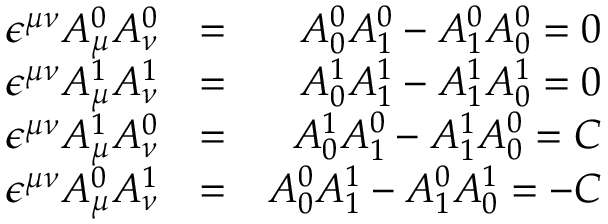
\begin{array} { r l r } { \epsilon ^ { \mu \nu } A _ { \mu } ^ { 0 } A _ { \nu } ^ { 0 } } & { = } & { A _ { 0 } ^ { 0 } A _ { 1 } ^ { 0 } - A _ { 1 } ^ { 0 } A _ { 0 } ^ { 0 } = 0 } \\ { \epsilon ^ { \mu \nu } A _ { \mu } ^ { 1 } A _ { \nu } ^ { 1 } } & { = } & { A _ { 0 } ^ { 1 } A _ { 1 } ^ { 1 } - A _ { 1 } ^ { 1 } A _ { 0 } ^ { 1 } = 0 } \\ { \epsilon ^ { \mu \nu } A _ { \mu } ^ { 1 } A _ { \nu } ^ { 0 } } & { = } & { A _ { 0 } ^ { 1 } A _ { 1 } ^ { 0 } - A _ { 1 } ^ { 1 } A _ { 0 } ^ { 0 } = C } \\ { \epsilon ^ { \mu \nu } A _ { \mu } ^ { 0 } A _ { \nu } ^ { 1 } } & { = } & { A _ { 0 } ^ { 0 } A _ { 1 } ^ { 1 } - A _ { 1 } ^ { 0 } A _ { 0 } ^ { 1 } = - C } \end{array}